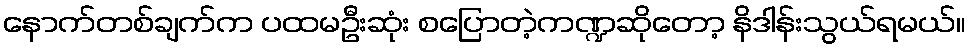
နောက်တစ်ချက်က ပထမဦးဆုံး စပြောတဲ့ကဏ္ဍဆိုတော့ နိဒါန်းသွယ်ရမယ်။